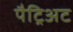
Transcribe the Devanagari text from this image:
पैट्रिअट